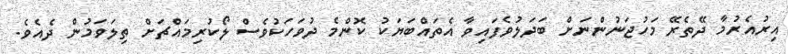
އިރުއެރުމާ ދޭތެރޭ މަހުޖަނުންނަށް ބަދަލުވެފައިވާ އެތައްބަޔަކު ކޮންމެ ދުވަހަކުވެސް ލޯކުރިމައްޗަށް ތިލަވަމުން ދެއެވެ.